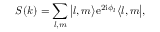
S ( k ) = \sum _ { l , m } \big | l , m \bigr \rangle \mathrm { e } ^ { 2 \mathrm { i } \phi _ { l } } \bigl \langle l , m \big | ,